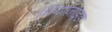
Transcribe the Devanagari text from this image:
थियाज़ाइड